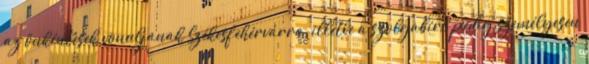
az önkéntesek vonuljanak Székesfehérvárra, illetve a szolgabíró pedig személyesen